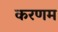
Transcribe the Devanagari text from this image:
करणम